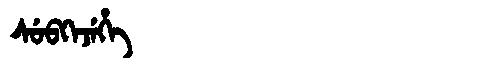
Manchu: ᠰᡠᠪᡴᡝᠵᡝᡥᡝ
Romanization: SUBKEJEHE